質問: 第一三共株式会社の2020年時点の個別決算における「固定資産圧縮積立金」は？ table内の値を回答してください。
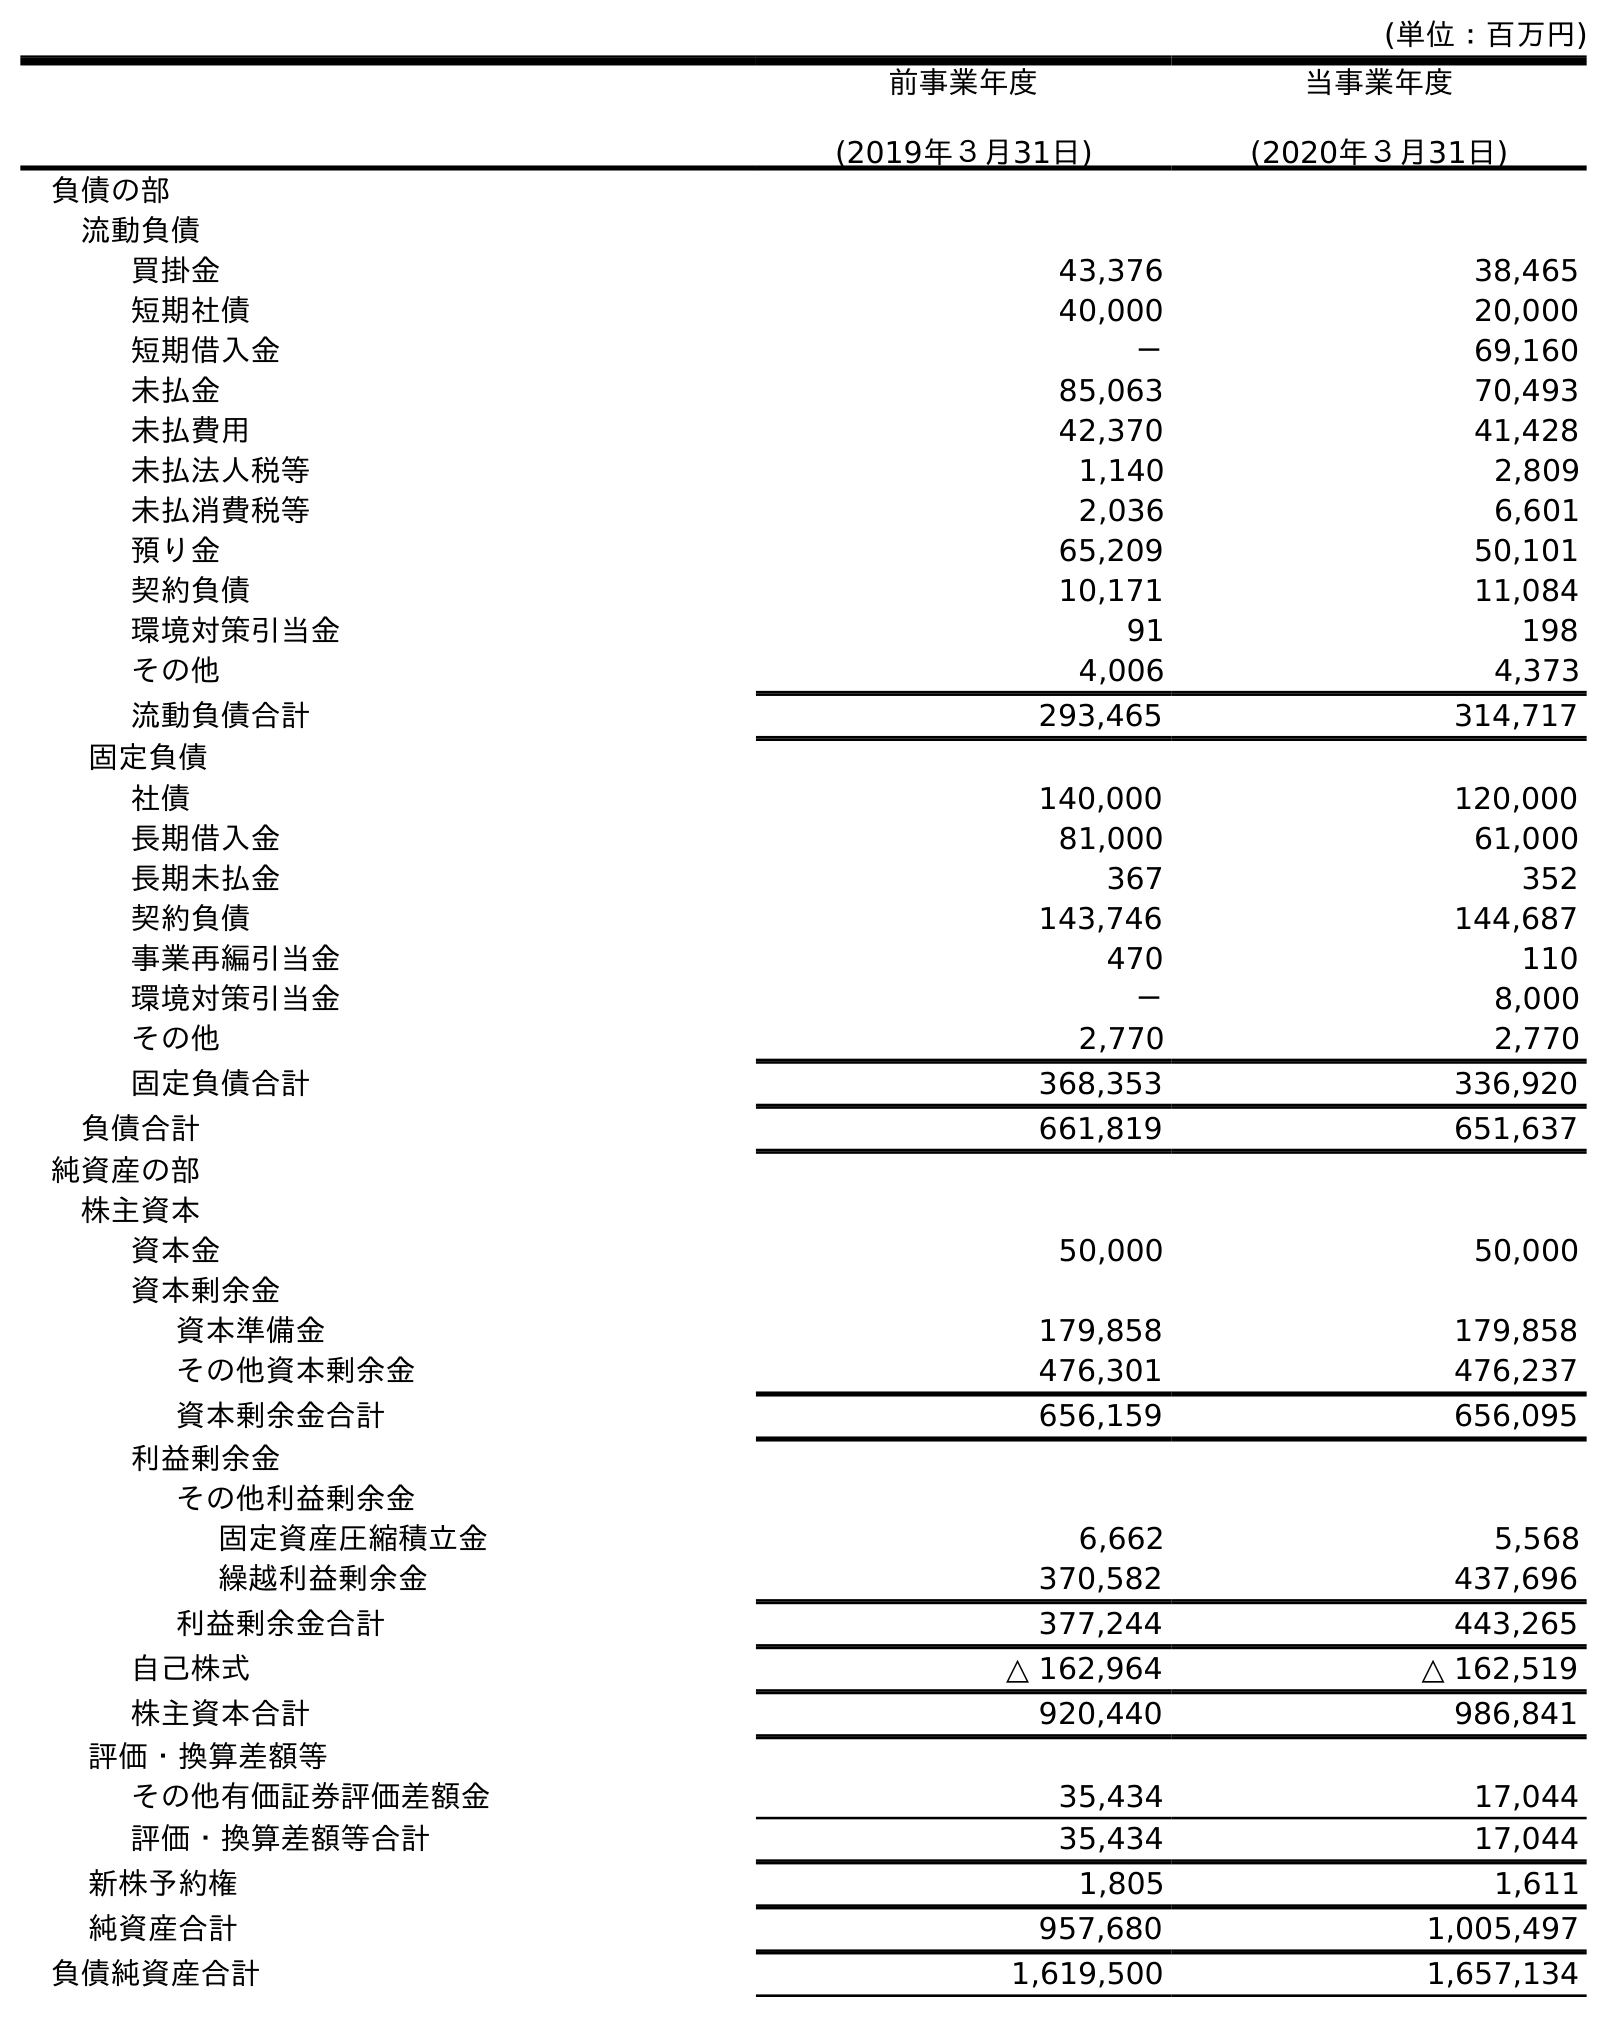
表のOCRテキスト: (単位：百万円) 前事業年度 (2019年３月31日) 当事業年度 (2020年３月31日) 負債の部 流動負債 買掛金 43,376 38,465 短期社債 40,000 20,000 短期借入金 － 69,160 未払金 85,063 70,493 未払費用 42,370 41,428 未払法人税等 1,140 2,809 未払消費税等 2,036 6,601 預り金 65,209 50,101 契約負債 10,171 11,084 環境対策引当金 91 198 その他 4,006 4,373 流動負債合計 293,465 314,717 固定負債 社債 140,000 120,000 長期借入金 81,000 61,000 長期未払金 367 352 契約負債 143,746 144,687 事業再編引当金 470 110 環境対策引当金 － 8,000 その他 2,770 2,770 固定負債合計 368,353 336,920 負債合計 661,819 651,637 純資産の部 株主資本 資本金 50,000 50,000 資本剰余金 資本準備金 179,858 179,858 その他資本剰余金 476,301 476,237 資本剰余金合計 656,159 656,095 利益剰余金 その他利益剰余金 固定資産圧縮積立金 6,662 5,568 繰越利益剰余金 370,582 437,696 利益剰余金合計 377,244 443,265 自己株式 △ 162,964 △ 162,519 株主資本合計 920,440 986,841 評価・換算差額等 その他有価証券評価差額金 35,434 17,044 評価・換算差額等合計 35,434 17,044 新株予約権 1,805 1,611 純資産合計 957,680 1,005,497 負債純資産合計 1,619,500 1,657,134
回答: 5,568